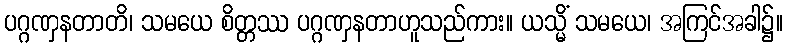
ပဂ္ဂဏှနတာတိ၊ သမယေ စိတ္တဿ ပဂ္ဂဏှနတာဟူသည်ကား။ ယသ္မိံ သမယေ၊ အကြင်အခါ၌။